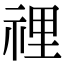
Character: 𥚃